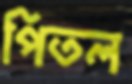
পিতল